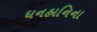
ધનહાનિના